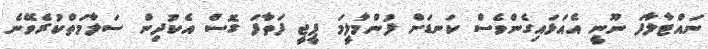
ނައްޓާލާފަ ނޫނީ އެއަޅައިގެންވެސް ކަނޑަށް ފުންމާލީމަ ޕީޖީ ފަތާފަ ގޮސް އެކުދިން ސަލާމަތްކުރެވޭނެ